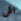
اش